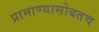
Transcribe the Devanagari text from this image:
प्रामाण्यासोबतच